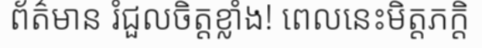
ព័ត៌មាន រំជួលចិត្តខ្លាំង! ពេលនេះមិត្តភក្តិ